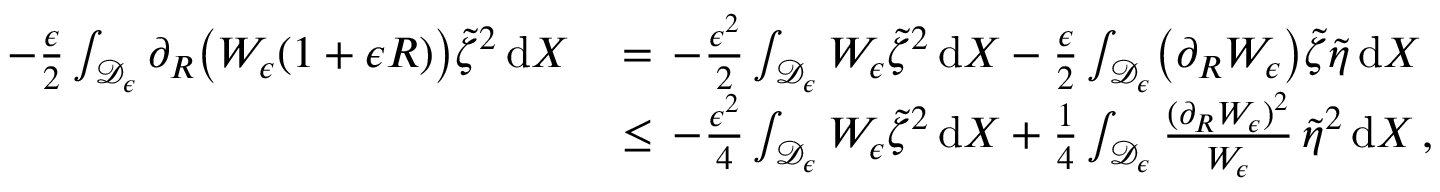
\begin{array} { r l } { - \frac { \epsilon } { 2 } \int _ { \mathcal { D } _ { \epsilon } } \partial _ { R } \bigl ( W _ { \epsilon } ( 1 + \epsilon R ) \bigr ) \tilde { \zeta } ^ { 2 } \, \mathrm { d } X \, } & { = \, - \frac { \epsilon ^ { 2 } } { 2 } \int _ { \mathcal { D } _ { \epsilon } } W _ { \epsilon } \tilde { \zeta } ^ { 2 } \, \mathrm { d } X - \frac { \epsilon } { 2 } \int _ { \mathcal { D } _ { \epsilon } } \bigl ( \partial _ { R } W _ { \epsilon } \bigr ) \tilde { \zeta } \tilde { \eta } \, \mathrm { d } X } \\ { \, } & { \le \, - \frac { \epsilon ^ { 2 } } { 4 } \int _ { \mathcal { D } _ { \epsilon } } W _ { \epsilon } \tilde { \zeta } ^ { 2 } \, \mathrm { d } X + \frac { 1 } { 4 } \int _ { \mathcal { D } _ { \epsilon } } \frac { ( \partial _ { R } W _ { \epsilon } ) ^ { 2 } } { W _ { \epsilon } } \, \tilde { \eta } ^ { 2 } \, \mathrm { d } X \, , } \end{array}